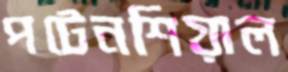
পটেনশিয়াল